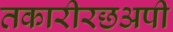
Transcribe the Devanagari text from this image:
तकारीरछअपी